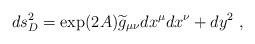
\begin{align*}ds_D^2=\exp(2A){\widetilde g}_{\mu\nu} dx^\mu dx^\nu+dy^2~,\end{align*}